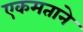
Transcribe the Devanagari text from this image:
एकमताने